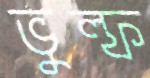
ভুল্ফ